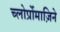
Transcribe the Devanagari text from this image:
च्लोर्प्रोमाज़िने